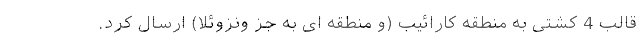
قالب 4 کشتی به منطقه کارائیب (و منطقه ای به جز ونزوئلا) ارسال کرد.